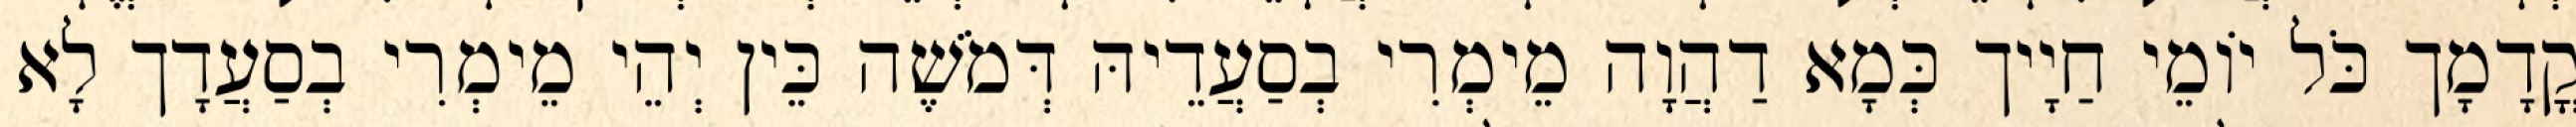
קֳדָמָך כֹּל יוֹמֵי חַיָיך כְּמָא דַהֲוָה מֵימְרִי בְסַעֲדֵיהּ דְּמֹשֶׁה כֵּין יְהֵי מֵימְרִי בְסַעֲדָך לָא